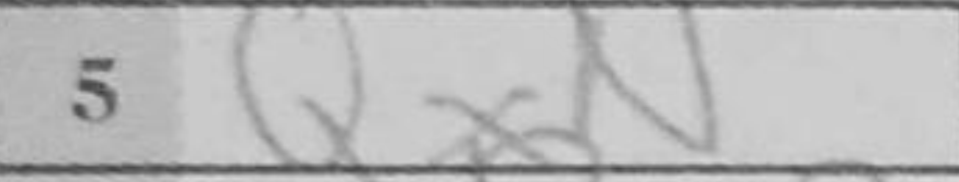
Transcription: Qxe4